Lunatic asylums Central Provinces reports 1910-1926 - 1910-1926
Year: 1910
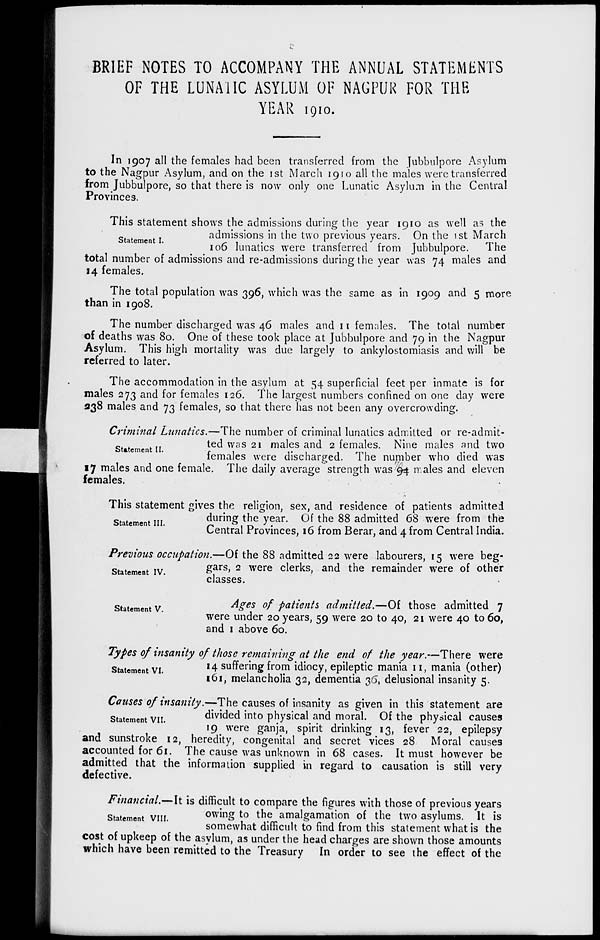
BRIEF NOTES TO ACCOMPANY THE ANNUAL STATEMENTS
OF THE LUNATIC ASYLUM OF NAGPUR FOR THE
YEAR 1910.
In 1907 all the females had been transferred from the Jubbulpore Asylum
to the Nagpur Asylum, and on the 1st March 1910 all the males were transferred
from Jubbulpore, so that there is now only one Lunatic Asylum in the Central
Provinces.
Statement I.
This statement shows the admissions during the year 1910 as well as the
admissions in the two previous years. On the 1st March
106 lunatics were transferred from Jubbulpore. The
total number of admissions and re-admissions during the year was 74 males and
14 females.
The total population was 396, which was the same as in 1909 and 5 more
than in 1908.
The number discharged was 46 males and 11 females. The total number
of deaths was 80. One of these took place at Jubbulpore and 79 in the Nagpur
Asylum. This high mortality was due largely to ankylostomiasis and will be
referred to later.
The accommodation in the asylum at 54 superficial feet per inmate is for
males 273 and for females 126. The largest numbers confined on one day were
238 males and 73 females, so that there has not been any overcrowding.
Statement II.
Criminal Lunatics.—The number of criminal lunatics admitted or re-admit-
ted was 21 males and 2 females. Nine males and two
females were discharged. The number who died was
17 males and one female. The daily average strength was 94 males and eleven
females.
Statement III.
This statement gives the religion, sex, and residence of patients admitted
during the year. Of the 88 admitted 68 were from the
Central Provinces, 16 from Berar, and 4 from Central India.
Statement IV.
Previous occupation.—Of the 88 admitted 22 were labourers, 15 were beg-
gars, 2 were clerks, and the remainder were of other
classes.
Statement V.
Ages of patients admitted.—Of those admitted 7
were under 20 years, 59 were 20 to 40, 21 were 40 to 60,
and 1 above 60.
Statement VI.
Types of insanity of those remaining at the end of the year.—There were
14 suffering from idiocy, epileptic mania 11, mania (other)
161, melancholia 32, dementia 36, delusional insanity 5.
Statement VII.
Causes of insanity.—The causes of insanity as given in this statement are
divided into physical and moral. Of the physical causes
19 were ganja, spirit drinking 13, fever 22, epilepsy
and sunstroke 12, heredity, congenital and secret vices 28 Moral causes
accounted for 61. The cause was unknown in 68 cases. It must however be
admitted that the information supplied in regard to causation is still very
defective.
Statement VIII.
Financial.—It is difficult to compare the figures with those of previous years
owing to the amalgamation of the two asylums. It is
somewhat difficult to find from this statement what is the
cost of upkeep of the asylum, as under the head charges are shown those amounts
which have been remitted to the Treasury In order to see the effect of the